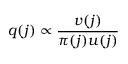
q ( j ) \propto \frac { v ( j ) } { \pi ( j ) u ( j ) }